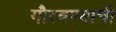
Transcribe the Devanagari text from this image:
गौरवण्याची